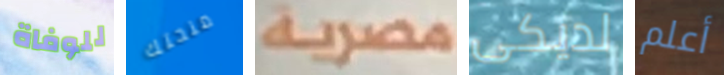
للوفاة منحتك مصرية لديكى أعلم